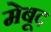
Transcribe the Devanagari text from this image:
मेबूद